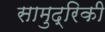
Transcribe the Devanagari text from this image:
सामुद्रिकी